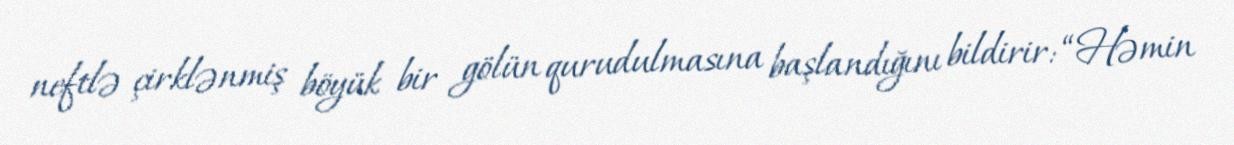
neftlə çirklənmiş böyük bir gölün qurudulmasına başlandığını bildirir: “Həmin